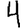
Digit: 4